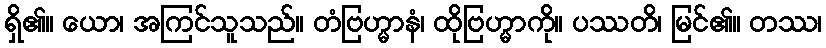
ရှိ၏။ ယော၊ အကြင်သူသည်။ တံဗြဟ္မာနံ၊ ထိုဗြဟ္မာကို။ ပဿတိ၊ မြင်၏။ တဿ၊